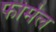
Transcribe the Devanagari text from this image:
फोर्मल